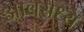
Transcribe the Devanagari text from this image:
आवसध्य